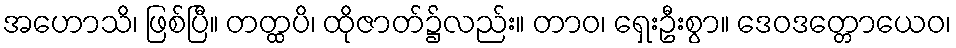
အဟောသိ၊ ဖြစ်ပြီ။ တတ္ထပိ၊ ထိုဇာတ်၌လည်း။ တာဝ၊ ရှေးဦးစွာ။ ဒေဝဒတ္တောယေဝ၊